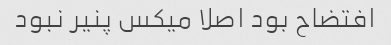
افتضاح بود اصلا میکس پنیر نبود